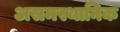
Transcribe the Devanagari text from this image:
असमस्थानिक